Report on vaccination in Madras 1922-1929 - 1922-1929
Year: 1922
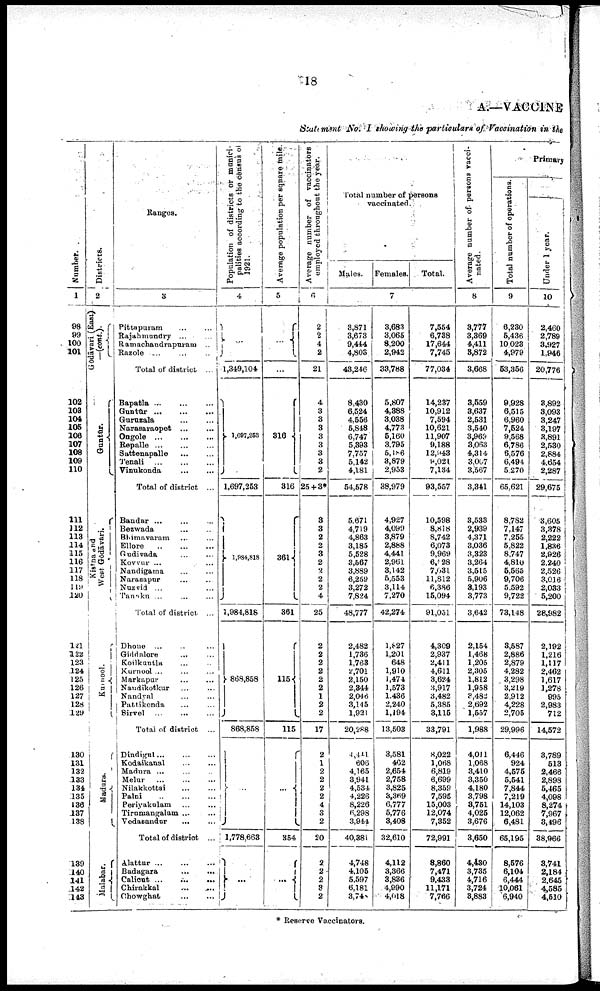
18
A.—VACCINE
Statement No. I showing the particulars of Vaccination in the
Number.
1
98
99
100
101
102
108
104
106
106
107
108
109
110
111
112
118
114
115
116
117
118
119
120
121
122
123
124
125
126
127
128
129
130
131
132
133
134
135
136
137
138
139
140
141
142
148
Districts.
2
Gōdāvari(East)
(cont.).
Guntur.
West. Gōdāvari.
Kurnool.
Madura...
Malabar.
Ranges.
3
Pittapuram... ...
Rajahmundry... ...
Ramachandrapuram... ...
Razole ...
Total of district ...
Bapatla... ... ...
Guntur... ... ... ...
Guruzala... ...
Narasaraopet...
...
Ongole... ...
Repalle... ...
Sattenapalle...
...
Tenali...
...
Vinukonda... ...
Total of district ...
Bandar ...
Bezwada... ...
Bhimavaram... ... ...
Ellore...
...
Gudivada... ...
Kovvur... ...
Nandigama... ...
Narasapur... ...
Nuzvid... ...
Tannku ... ... ...
Total of district ...
Dhone ...
Giddalore... ...
Koilkuntla... ...
Kurnool ...
Markapur... ...
Nandikotkur... ...
Nandyal... ...
Pattikonda... ...
Sirvel...
...
Total of district ...
Dindigul... ... ..
Kodaikanal... ...
Madura... ...
Melur... ...
Nilakkottai... ...
Palni...
...
Periyakulam... ...
Tirumangalam ...
Vedasandur...
...
Total of district ...
Alattur... ... ...
Badagara...
Calicut... ...
Chirakkal... ...
Chowghat... ...
Population of districts or munici-
palities according to the census of
1921.
4
...
1,349,104
1,697,253
1,697,253
1,984,818
1,984,818
868,858
868,858
...
1,778,663
...
Average population per sqµare mile.
5
...
...
316
316
361
361
115
115
...
354
...
Average number of vaccinators
employed throughout the year.
6
2
2
4
2
21
4
3
3
3
3
3
3
3
2
25 + 3*
3
3
2
2
3
2
2
2
2
4
25
2
2
2
2
2
2
1
2
2
17
2
1
2
2
2
2
4
3
2
20
2
2
2
8
2
Total number of persons
vaccinated.
Males.
Females.
Total.
7
3,871
3,673
9,444
4,803
43,246
8,430
6,524
4,556
5,848
6,747
5,393
7,757
5,142
4,181
54,578
5,671
4,719
4,863
3,185
5,528
3,567
3,889
6,259
3,272
7,824
48,777
2,482
1,736
1,763
2,701
2,150
2,344
2,046
3,145
1,921
20,288
4,441
606
4,165
3,941
4,534
4,226
8,226
6,298
3,944
40,381
4,748
4,105
5,597
6,181
3,740
3,683
3,065
8,200
2,942
38,788
5,807
4,388
3,038
4,773
5,160
3,795
5,l86
3,879
2,953
38,979
4,927
4,099
3,879
2,888
4,441
2,961
3,142
5,553
3,114
7,270
42,274
1,827
1,201
648
1,910
1,474
1,573
1,436
2,240
1,194
13,503
3,581
462
2,654
2,758
3,825
3,369
6,777
5,776
3,408
32,610
4,112
3,366
3,886
4,990
4,018
7,654
6,738
17,644
7,745
77,034
14,287
10,912
7,594
10,621
11,907
9,188
12,943
9,021
7,134
93,557
10,598
8,818
8,742
6,073
9,969
6,528
7,031
11,812
6,386
15,094
91,051
4,309
2,937
2,411
4,611
3,624
3,917
3,482
5,385
3,115
33,791
8,022
1,068
6,819
6,699
8,359
7,595
15,003
12,074
7,352
72,991
8,860
7,471
9,438
11,171
7,766
Average number of persons vacci
nated .
8
3,777
3,369
4,411
3,872
3,668
3,559
3,637
2,531
3,540
3,969
3,063
4,314
3,007
3,567
3,341
3,533
2,939
4,371
3,086
3,323
3,264
3,515
5,906
3,193
3,773
3,642
2,154
1,468
1,205
2,305
1,812
1,958
3,482
2,692
1,557
1,988
4,011
1,068
3,410
3,350
4,180
3,798
3,751
4,025
3,676
3,650
4,430
3,735
4,716
3,724
8,883
Primary.
Total number of operations.
9
6,230
5,436
10,023
4,979
53,356
9,928
6,515
6,960
7,624
9,568
6,786
6,576
6,494
5,270
65,621
8,782
7,147
7,255
5,822
8,747
4,810
6,565
9,706
5,592
9,722
73,148
3,587
2,886
2,879
4,282
3,298
3,219
2,912
4,228
2,705
29,996
6,446
924
4,575
5,541
7,844
7,219
14,103
12,062
6,481
65,195
8,576
6,104
6,444
10,061
6,940
Under 1 year.
10
2,460
2,789
3,927
1,946
20,776
3,892
3,093
3,247
3,197
3,891
2,530
2,884
4,654
2,287
29,675
3,605
3,378
2,222
1,836
2,926
2,240
2,526
3,016
2,083
5,200
28,982
2,192
1,216
1,117
2,462
1,617
1,278
995
2,983
712
14,572
3,789
513
2,466
2,898
5,465
4,098
8,274
7,967
8,496
38,966
8,741
2,184
2,645
4,585
4,510
* Reserve Vaccinators.